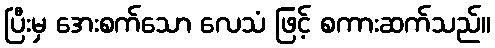
ပြီးမှ အေးစက်သော လေသံ ဖြင့် စကားဆက်သည်။